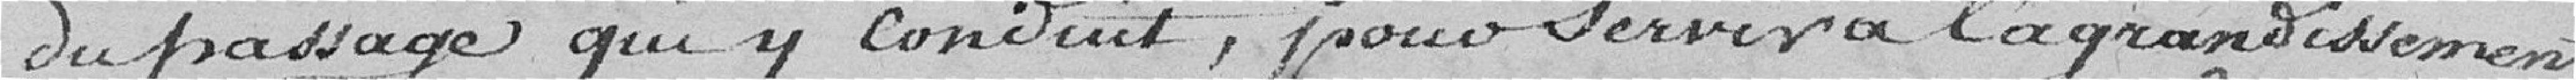
du passage qui y conduit, pour servir à l'agrandissement